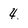
Character: 4